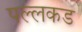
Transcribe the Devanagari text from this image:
पल्लकड